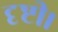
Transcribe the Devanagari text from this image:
दृष्टी।